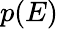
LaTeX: p(E)